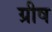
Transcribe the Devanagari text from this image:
ग्रीष